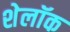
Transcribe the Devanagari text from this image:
शेलॉक